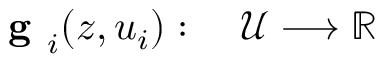
\begin{array} { r l } { \textbf { g } _ { i } ( z , u _ { i } ) : \; } & { { } \mathcal { U } \longrightarrow \mathbb { R } } \end{array}